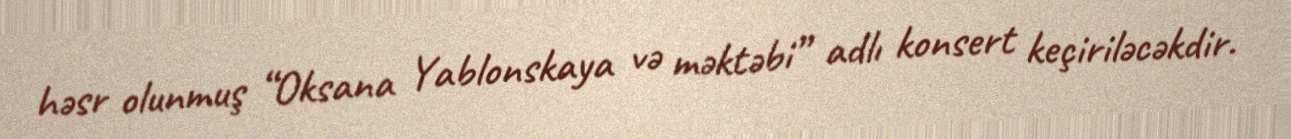
həsr olunmuş “Oksana Yablonskaya və məktəbi” adlı konsert keçiriləcəkdir.